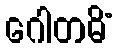
ဂေါတမိံ